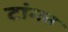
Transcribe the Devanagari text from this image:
टांगत